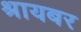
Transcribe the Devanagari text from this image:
श्रायबर